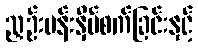
ညှဉ်းပန်းနှိပ်စက်ခြင်းနှင့်